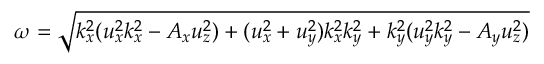
\begin{array} { r } { \omega = \sqrt { k _ { x } ^ { 2 } ( u _ { x } ^ { 2 } k _ { x } ^ { 2 } - A _ { x } u _ { z } ^ { 2 } ) + ( u _ { x } ^ { 2 } + u _ { y } ^ { 2 } ) k _ { x } ^ { 2 } k _ { y } ^ { 2 } + k _ { y } ^ { 2 } ( u _ { y } ^ { 2 } k _ { y } ^ { 2 } - A _ { y } u _ { z } ^ { 2 } ) } } \end{array}